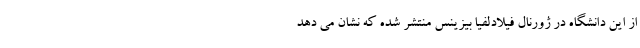
از این دانشگاه در ژورنال فیلادلفیا بیزینس منتشر شده که نشان می دهد